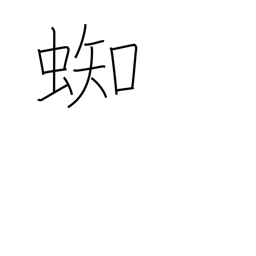
Meaning: spider